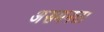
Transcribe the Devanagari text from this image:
असमनता